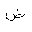
Letter: _dad